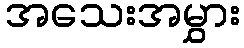
အသေးအမွှား